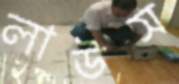
লাউস